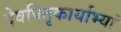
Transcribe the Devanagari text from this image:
देवपितृकार्याभ्यां